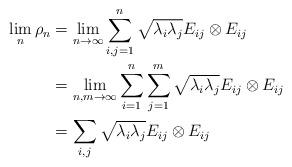
LaTeX: \begin{align*} \lim_n\rho_n &=\lim_{n\to\infty}\sum_{i,j=1}^n\sqrt{\lambda_i\lambda_j}E_{ij}\otimes E_{ij}\\ &=\lim_{n,m\to\infty}\sum_{i=1}^n\sum_{j=1}^m\sqrt{\lambda_i\lambda_j}E_{ij}\otimes E_{ij}\\ &=\sum_{i,j}\sqrt{\lambda_i\lambda_j}E_{ij}\otimes E_{ij} \end{align*}